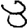
Digit: 8